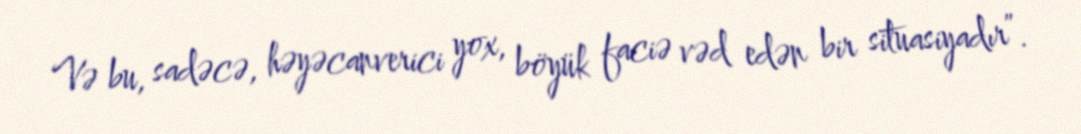
Və bu, sadəcə, həyəcanverici yox, böyük faciə vəd edən bir situasiyadır”.